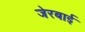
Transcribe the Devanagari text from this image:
जेरबाई